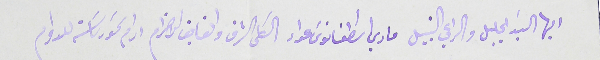
ايها السَيد الجليل والراعي النبيل ماري اسَطفانوسَ عواد الكلى الشرف والفايق الاحترام ادام سَمو رىاسَته للدوام